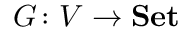
G \colon V \to \mathbf { S e t }